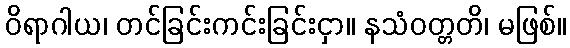
ဝိရာဂါယ၊ တင်ခြင်းကင်းခြင်းငှာ။ နသံဝတ္တတိ၊ မဖြစ်။